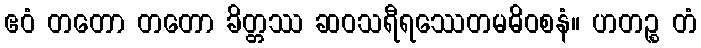
ဧဝံ တတော တတော ခိတ္တဿ ဆဝသရီရဿေတမဓိဝစနံ။ ဟတဉ္စ တံ